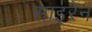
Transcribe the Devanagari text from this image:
साइरेन